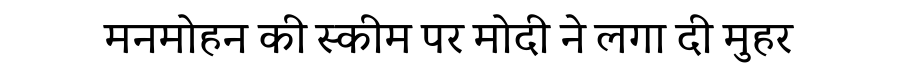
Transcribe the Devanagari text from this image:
मनमोहन की स्कीम पर मोदी ने लगा दी मुहर